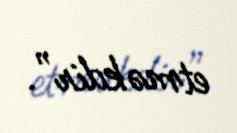
etməkdir”.